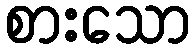
စားသော